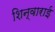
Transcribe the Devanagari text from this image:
शिन्वाराई